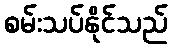
စမ်းသပ်နိုင်သည်